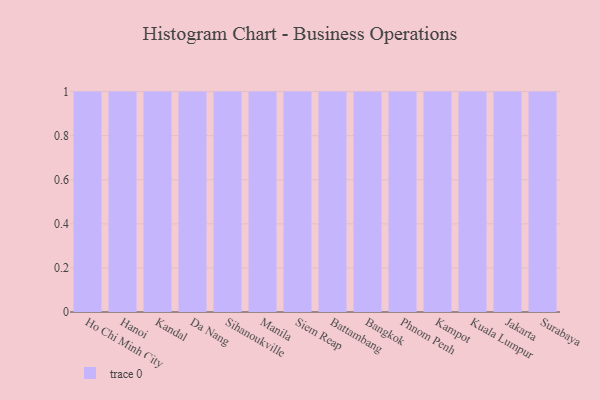
{"axis": {"x": "City", "y": "Latency (ms)"}, "legend": [""], "data": [{"x": "Ho Chi Minh City", "y": 97, "type": ""}, {"x": "Hanoi", "y": 31, "type": ""}, {"x": "Kandal", "y": 73, "type": ""}, {"x": "Da Nang", "y": 36, "type": ""}, {"x": "Sihanoukville", "y": 91, "type": ""}, {"x": "Manila", "y": 20, "type": ""}, {"x": "Siem Reap", "y": 89, "type": ""}, {"x": "Battambang", "y": 60, "type": ""}, {"x": "Bangkok", "y": 68, "type": ""}, {"x": "Phnom Penh", "y": 82, "type": ""}, {"x": "Kampot", "y": 16, "type": ""}, {"x": "Kuala Lumpur", "y": 8, "type": ""}, {"x": "Jakarta", "y": 72, "type": ""}, {"x": "Surabaya", "y": 68, "type": ""}]}